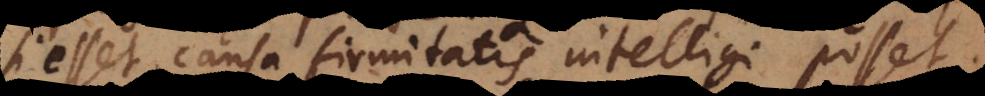
si esset, causa firmitatis intelligi posset.